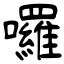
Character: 囉